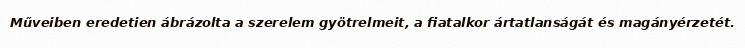
Műveiben eredetien ábrázolta a szerelem gyötrelmeit, a fiatalkor ártatlanságát és magányérzetét.